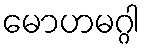
မောဟမဂ္ဂါ